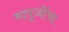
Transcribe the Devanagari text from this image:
बापूजींचा